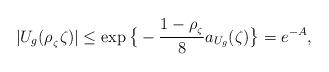
LaTeX: \begin{align*}|U_{g}(\rho_{_\zeta} \zeta)|\leq\exp\big\{-\frac{1-\rho_{_\zeta}}{8}a_{U_g}(\zeta)\big\} =e^{-A},\end{align*}